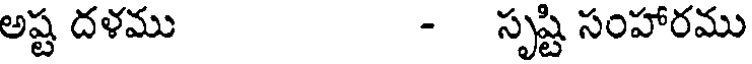
అష్ట దళము - సృష్టి సంహారము